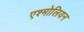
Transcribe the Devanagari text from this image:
एश्मोलियन